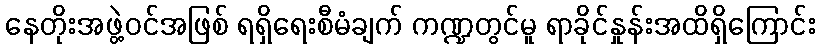
နေတိုးအဖွဲ့ဝင်အဖြစ် ရရှိရေးစီမံချက် ကဏ္ဍတွင်မူ ရာခိုင်နှုန်းအထိရှိကြောင်း